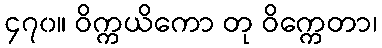
၄၇၀။ ဝိက္ကယိကော တု ဝိက္ကေတာ၊